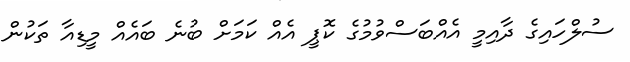
ސުލްހައިގެ ދާއިމީ އެއްބަސްވުމުގެ ކޮޕީ އެއް ކަމަށް ބުނެ ބައެއް މީޑިއާ ތަކުން